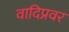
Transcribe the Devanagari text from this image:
वादिप्रवर